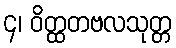
၄၊ ဝိတ္ထတဗလသုတ္တ